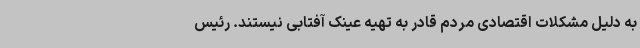
به دلیل مشکلات اقتصادی مردم قادر به تهیه عینک آفتابی نیستند. رئیس